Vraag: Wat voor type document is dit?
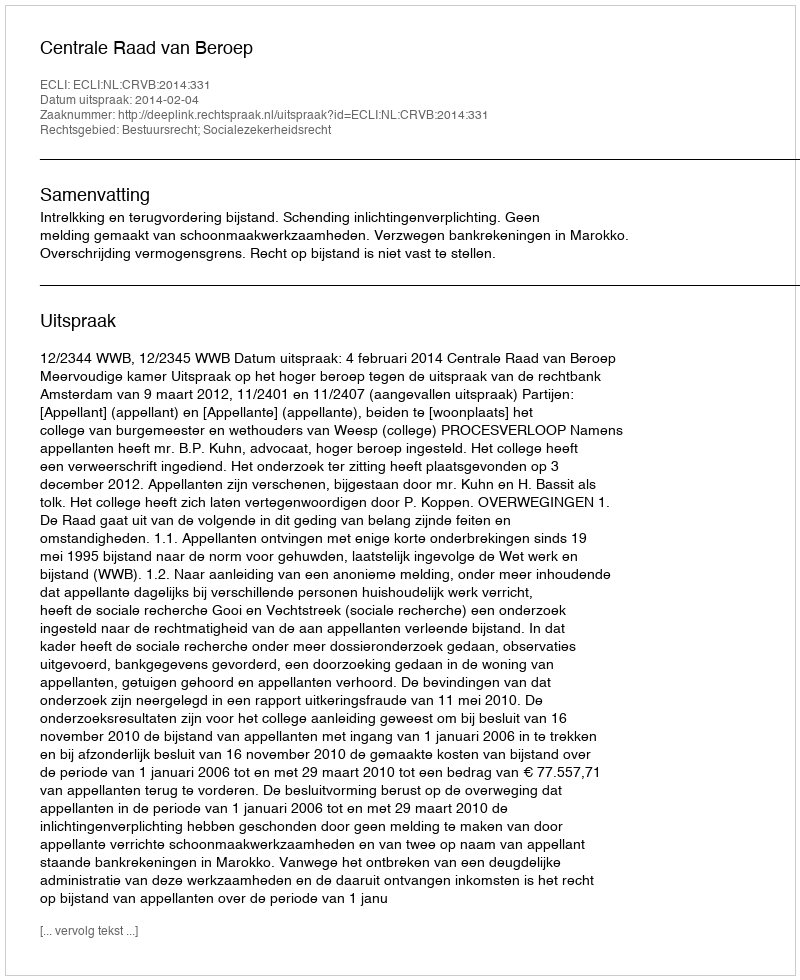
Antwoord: Uitspraak